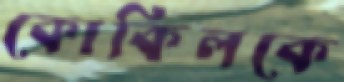
কোকিলকে